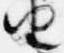
由